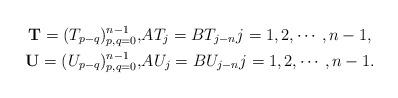
LaTeX: \begin{align*}\mathbf{T}=(T_{p-q})_{p,q=0}^{n-1},&AT_{j}=BT_{j-n}j=1,2,\cdots,n-1,\\\mathbf{U}=(U_{p-q})_{p,q=0}^{n-1},&AU_{j}=BU_{j-n}j=1,2,\cdots,n-1.\end{align*}